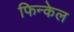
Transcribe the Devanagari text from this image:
फिन्केल